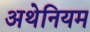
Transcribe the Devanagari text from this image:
अथेनियम